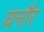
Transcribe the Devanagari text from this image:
घनौर